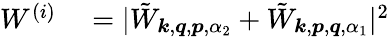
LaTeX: \begin{array}{rl}{W^{(i)}}&{{}=|\tilde{W}_{\boldsymbol{k},\boldsymbol{q},\boldsymbol{p},\alpha_{2}}+\tilde{W}_{\boldsymbol{k},\boldsymbol{p},\boldsymbol{q},\alpha_{1}}|^{2}}\end{array}